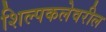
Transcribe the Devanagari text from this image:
शिल्पकलेवरील